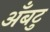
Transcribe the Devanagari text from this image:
अँबटु